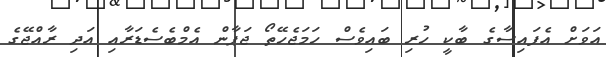
އަވަށް އެފައިސާގެ ބާކީ ހުރި ބައިވެސް ހަމަޖެހޭތޯ ޖަޕާން އެމްބެސެޑަރާއި އަދި ރާއްޖޭގެ